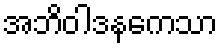
အဘိဝါဒနကေသာ